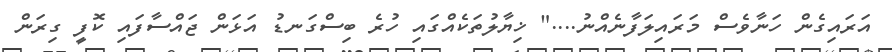
އަރައިގެން ހަނާވެސް މަރައިލަފާނެއްނު...." ޚިޔާލުތަކެއްގައި ހުރެ ބިސްގަނޑު އަޅަން ޖައްސާފައި ކޮފީ ގިރަން